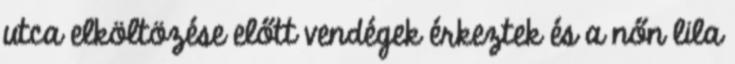
utca elköltözése előtt vendégek érkeztek és a nőn lila